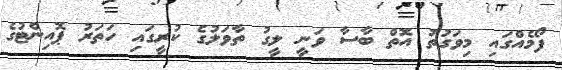
ފޯމެއްގައި މިވަގުތު އޮތް ބާސާ ވަނީ ލީގު ތާވަލުގެ ކުރީގައި ހަތަރު ޕޮއިންޓުގެ